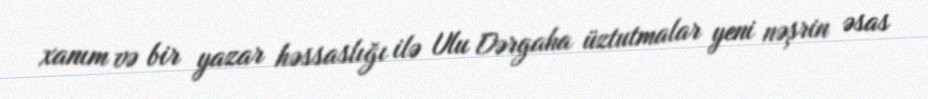
xanım və bir yazar həssaslığı ilə Ulu Dərgaha üztutmalar yeni nəşrin əsas